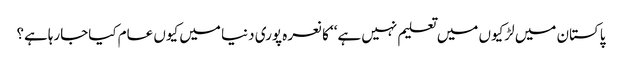
پاکستان میں لڑکیوں میں تعلیم نہیں ہے‘‘ کا نعرہ پوری دنیا میں کیوں عام کیاجارہاہے؟